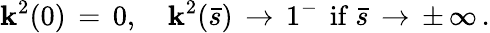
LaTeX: \mathbf{k}^{2}(0)\, =\, 0,\quad\mathbf{k}^{2}(\bar{{s}})\, \to\, 1^{-}\, \mathrm{{~if~}}\bar{{s}}\, \to\, \pm\, \infty\, {.}